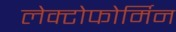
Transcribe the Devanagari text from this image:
लेक्टोफोर्मिन